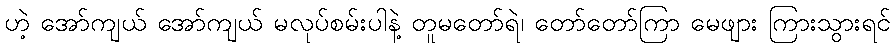
ဟဲ့ အော်ကျယ် အော်ကျယ် မလုပ်စမ်းပါနဲ့ တူမတော်ရဲ၊ တော်တော်ကြာ မေဖျား ကြားသွားရင်